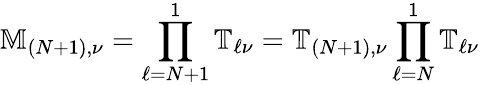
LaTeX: \mathbb{M}_{(N+1),\nu}=\prod_{\ell=N+1}^{1}\mathbb{T}_{\ell\nu}=\mathbb{T}_{(N+1),\nu}\prod_{\ell=N}^{1}\mathbb{T}_{\ell\nu}